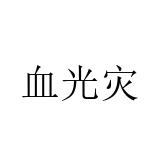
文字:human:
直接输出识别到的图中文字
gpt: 血光灾